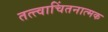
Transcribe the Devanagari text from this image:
तत्त्वाचिंतनात्मक